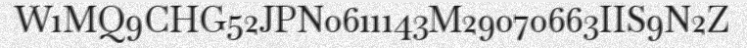
W1MQ9CHG52JPN0611143M29070663IIS9N2Z